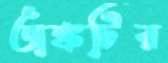
অঙ্কটির